Rangoon Lunatic Asylum 1878-1892 - 1878-1892
Year: 1878
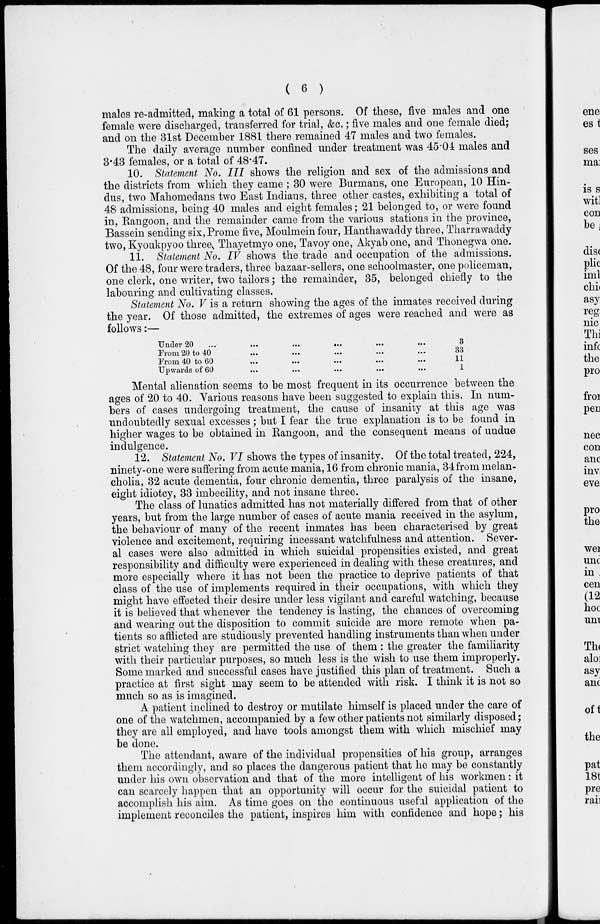
( 6 )
males re-admitted, making a total of 61 persons. Of these, five males and one
female were discharged, transferred for trial, &c.; five males and one female died;
and on the 31st December 1881 there remained 47 males and two females.
The daily average number confined under treatment was 45.04 males and
3.43 females, or a total of 48.47.
10. Statement No. III shows the religion and sex of the admissions and
the districts from which they came ; 30 were Burmans, one European, 10 Hin-
dus, two Mahomedans two East Indians, three other castes, exhibiting a total of
48 admissions, being 40 males and eight females; 21 belonged to, or were found
in, Rangoon, and the remainder came from the various stations in the province,
Bassein sending six,Prome five, Moulmein four, Hanthawaddy three, Tharrawaddy
two, Kyoukpyoo three, Thayetmyo one, Tavoy one, Akyab one, and Thonegwa one.
11. Statement No. IV shows the trade and occupation of the admissions.
Of the 48, four were traders, three bazaar-sellers, one schoolmaster, one policeman,
one clerk, one writer, two tailors; the remainder, 35, belonged chiefly to the
labouring and cultivating classes.
Statement No. V is a return showing the ages of the inmates received during
the year. Of those admitted, the extremes of ages were reached and were as
follows:—
Under 20 ... ...
...
...
...
From 20 to 40 ... ... ... ...
From 40 to 60 ... ... ... ...
Upwards of 60 ... ... ... ...
3
33
11
1
Mental alienation seems to be most frequent in its occurrence between the
ages of 20 to 40. Various reasons have been suggested to explain this. In num-
bers of cases undergoing treatment, the cause of insanity at this age was
undoubtedly sexual excesses ; but I fear the true explanation is to be found in
higher wages to be obtained in Rangoon, and the consequent means of undue
indulgence.
12. Statement No. VI shows the types of insanity. Of the total treated, 224,
ninety-one were suffering from acute mania, 16 from chronic mania, 34 from melan-
cholia, 32 acute dementia, four chronic dementia, three paralysis of the insane,
eight idiotcy, 33 imbecility, and not insane three.
The class of lunatics admitted has not materially differed from that of other
years, but from the large number of cases of acute mania received in the asylum,
the behaviour of many of the recent inmates has been characterised by great
violence and excitement, requiring incessant watchfulness and attention. Sever-
al cases were also admitted in which suicidal propensities existed, and great
responsibility and difficulty were experienced in dealing with these creatures, and
more especially where it has not been the practice to deprive patients of that
class of the use of implements required in their occupations, with which they
might have effected their desire under less vigilant and careful watching, because
it is believed that whenever the tendency is lasting, the chances of overcoming
and wearing out the disposition to commit suicide are more remote when pa-
tients so afflicted are studiously prevented handling instruments than when under
strict watching they are permitted the use of them : the greater the familiarity
with their particular purposes, so much less is the wish to use them improperly.
Some marked and successful cases have justified this plan of treatment. Such a
practice at first sight may seem to be attended with risk. I think it is not so
much so as is imagined.
A patient inclined to destroy or mutilate himself is placed under the care of
one of the watchmen, accompanied by a few other patients not similarly disposed;
they are all employed, and have tools amongst them with which mischief may
be done.
The attendant, aware of the individual propensities of his group, arranges
them accordingly, and so places the dangerous patient that he may be constantly
under his own observation and that of the more intelligent of his workmen: it
can scarcely happen that an opportunity will occur for the suicidal patient to
accomplish his aim. As time goes on the continuous useful application of the
implement reconciles the patient, inspires him with confidence and hope; his